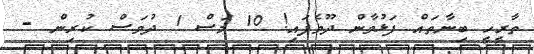
ތާރީހީ ބިނާތައް ފަޅުވާން ދޫވެފައި! 10 މަސް 1 ދުވަސް ކުރިން -